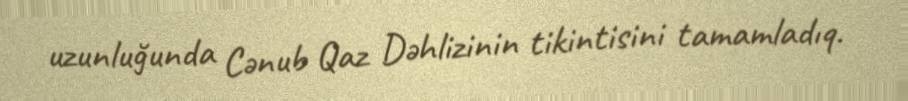
uzunluğunda Cənub Qaz Dəhlizinin tikintisini tamamladıq.